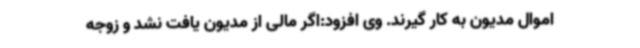
اموال مدیون به کار گیرند. وی افزود:اگر مالی از مدیون یافت نشد و زوجه